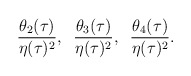
\begin{align*}\frac{\theta_{2}(\tau)}{\eta(\tau)^{2}},\;\; \frac{\theta_{3}(\tau)}{\eta(\tau)^{2}},\;\;\frac{\theta_{4}(\tau)}{\eta(\tau)^{2}}.\end{align*}